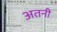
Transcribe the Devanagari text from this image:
अतनी